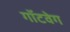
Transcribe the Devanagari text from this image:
गॉटवेग